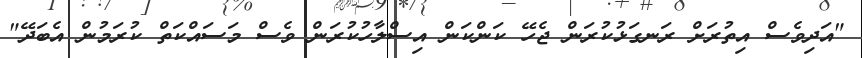
"އަދިވެސް އިތުރަށް ރަނގަޅުކުރަން ޖެހޭ ކަންކަން އިސްލާހުކުރަން ވެސް މަސައްކަތް ކުރަމުން އެބަދޭ"